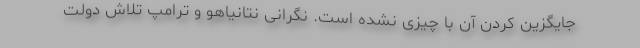
جایگزین کردن آن با چیزی نشده است‌. نگرانی نتانیاهو و ترامپ تلاش دولت